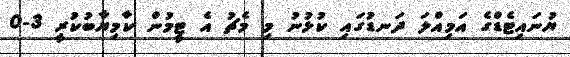
ޔުނައިޓެޑްގެ އަމިއްލަ ދަނޑުގައި ކުޅުނު މި މެޗު އެ ޓީމުން ކާމިޔާބުކުރީ 3-0